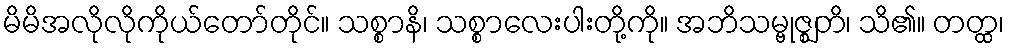
မိမိအလိုလိုကိုယ်တော်တိုင်။ သစ္စာနိ၊ သစ္စာလေးပါးတို့ကို။ အဘိသမ္ဗုဇ္ဈတိ၊ သိ၏။ တတ္ထ၊